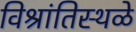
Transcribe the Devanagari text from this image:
विश्रांतिस्थळे